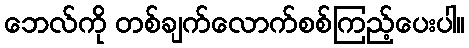
ဘေလ်ကို တစ်ချက်လောက်စစ်ကြည့်ပေးပါ။